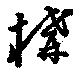
構